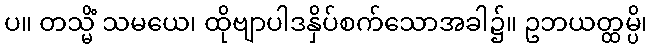
ပ။ တသ္မိံ သမယေ၊ ထိုဗျာပါဒနှိပ်စက်သောအခါ၌။ ဥဘယတ္ထမ္ပိ၊